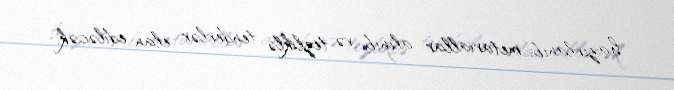
hazırlanıb, metariallar alınıb və tezliklə tenderlər elan ediləcək.